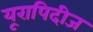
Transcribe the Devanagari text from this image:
यूरापिदीज